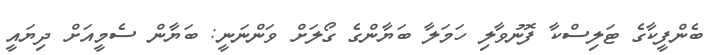
ބެންފީކާގެ ޓަލިސްކާ ފޮނުވާލި ހަމަލާ ބަޔާންގެ ގޯލަށް ވަންނަނީ: ބަޔާން ސެމީއަށް ދިޔައީ